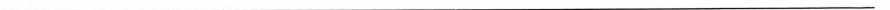
___